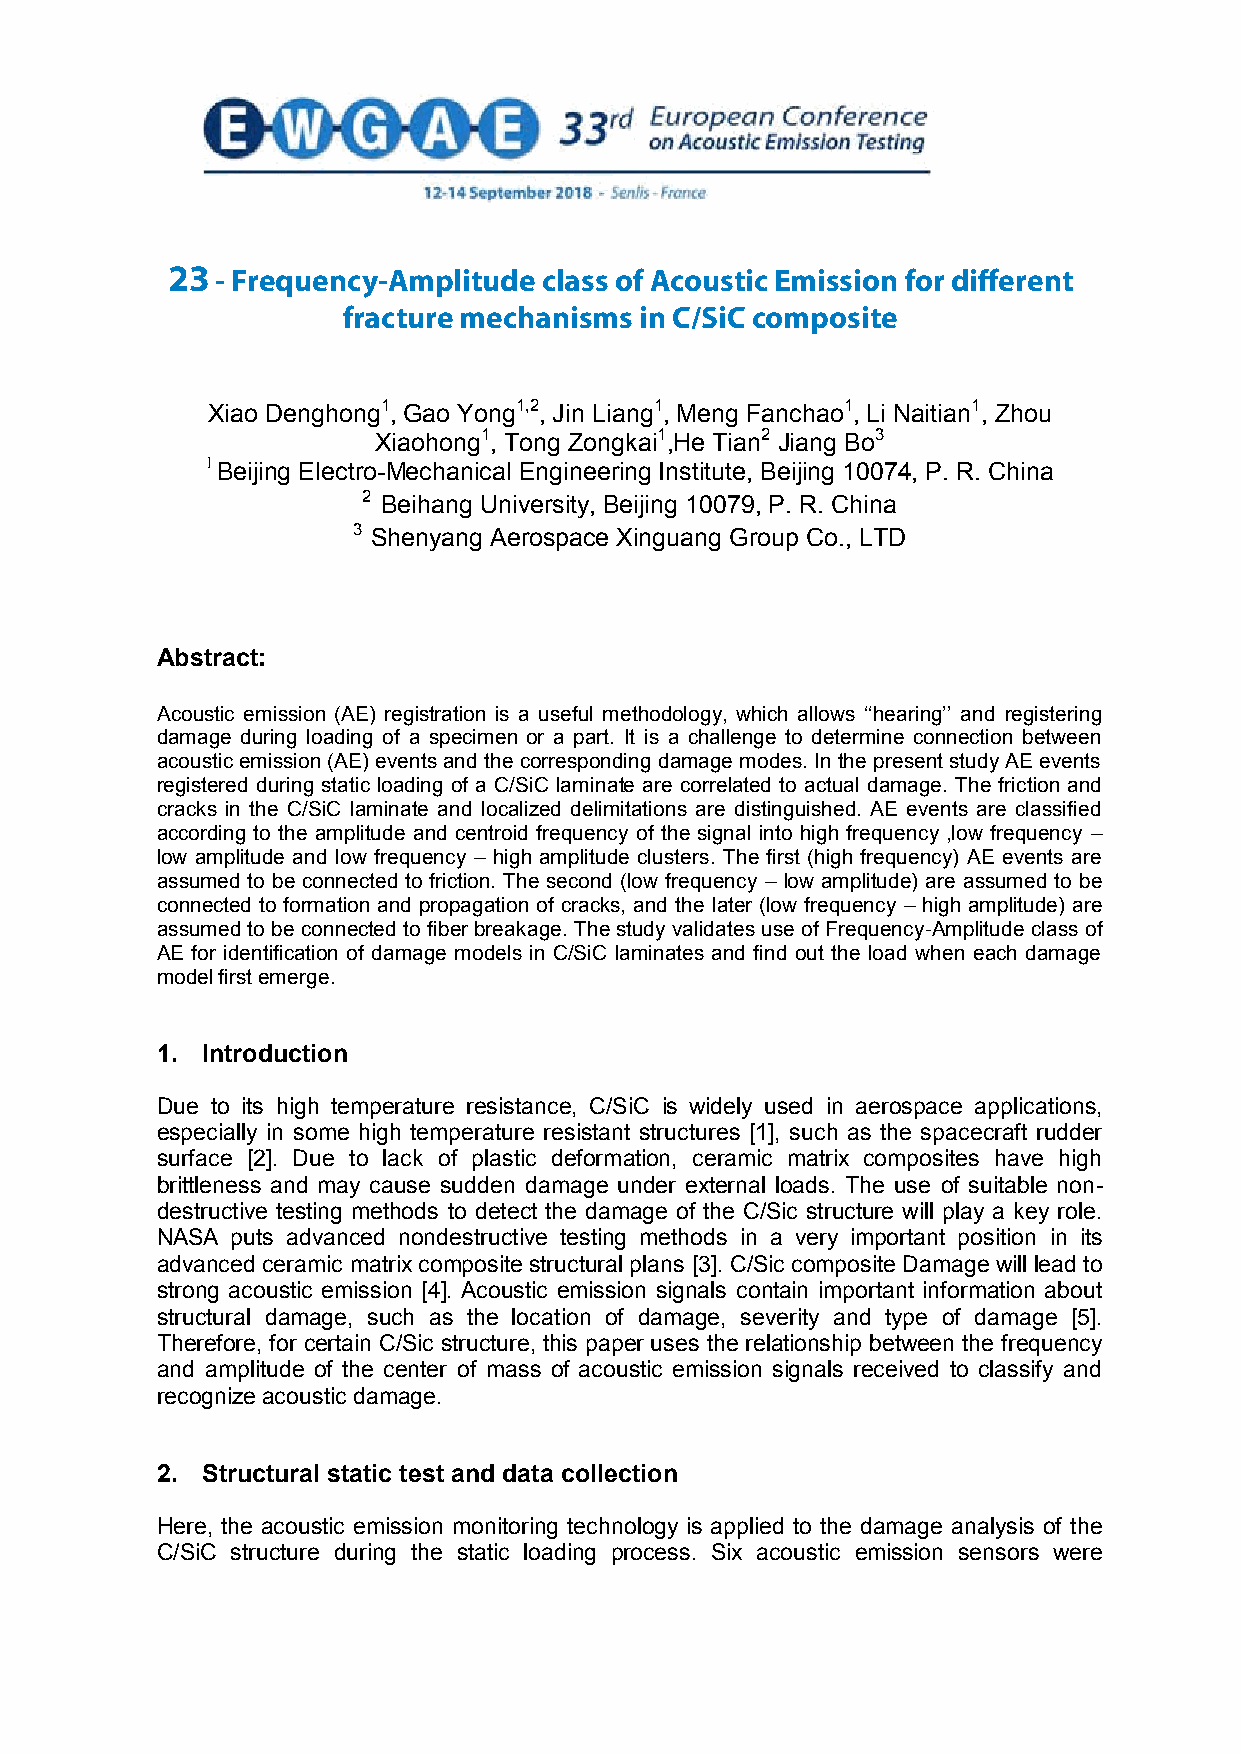
23 - Frequency-Amplitude class of Acoustic Emission for different
 Frequency-Amplitude class of acoustic emission for different
 fracture mechanisms in C/SiC composite
 fracture mechanisms in C/SiC composite
 Xiao Denghong1, Gao Yong1,2, Jin Liang1, Meng Fanchao1, Li Naitian1, Zhou
 Xiaohong1, Tong Zongkai1,He Tian2 Jiang Bo3
 1 Beijing Electro-Mechanical Engineering Institute, Beijing 10074, P. R. China
 2 Beihang University, Beijing 10079, P. R. China
 3 Shenyang Aerospace Xinguang Group Co., LTD
 Abstract:
 Acoustic emission (AE) registration is a useful methodology, which allows ‘‘hearing’’ and registering
 damage during loading of a specimen or a part. It is a challenge to determine connection between
 acoustic emission (AE) events and the corresponding damage modes. In the present study AE events
 registered during static loading of a C/SiC laminate are correlated to actual damage. The friction and
 cracks in the C/SiC laminate and localized delimitations are distinguished. AE events are classified
 according to the amplitude and centroid frequency of the signal into high frequency ,low frequency –
 low amplitude and low frequency – high amplitude clusters. The first (high frequency) AE events are
 assumed to be connected to friction. The second (low frequency – low amplitude) are assumed to be
 connected to formation and propagation of cracks, and the later (low frequency – high amplitude) are
 assumed to be connected to fiber breakage. The study validates use of Frequency-Amplitude class of
 AE for identification of damage models in C/SiC laminates and find out the load when each damage
 model first emerge.
 1. Introduction
 Due to its high temperature resistance, C/SiC is widely used in aerospace applications,
 especially in some high temperature resistant structures [1], such as the spacecraft rudder
 surface [2]. Due to lack of plastic deformation, ceramic matrix composites have high
 brittleness and may cause sudden damage under external loads. The use of suitable non-
 destructive testing methods to detect the damage of the C/Sic structure will play a key role.
 NASA puts advanced nondestructive testing methods in a very important position in its
 advanced ceramic matrix composite structural plans [3]. C/Sic composite Damage will lead to
 strong acoustic emission [4]. Acoustic emission signals contain important information about
 structural damage, such as the location of damage, severity and type of damage [5].
 Therefore, for certain C/Sic structure, this paper uses the relationship between the frequency
 and amplitude of the center of mass of acoustic emission signals received to classify and
 recognize acoustic damage.
 2. Structural static test and data collection
 Here, the acoustic emission monitoring technology is applied to the damage analysis of the
 C/SiC structure during the static loading process. Six acoustic emission sensors were
 1